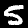
Label: 5